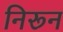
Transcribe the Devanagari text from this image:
निरून